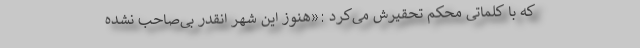
که با کلماتی محکم تحقیرش می‌کرد :«هنوز این شهر انقدر بی‌صاحب نشده